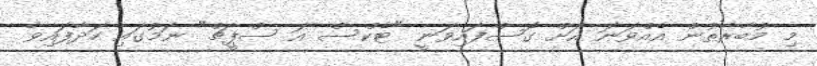
މި މުބާރާތުން އެއްވަނަ އަށް ގޮސްފައިވަނީ "ޓެކްސް އަ ސްޕީޗް" ނަމުގައި ހަދާފައިވާ